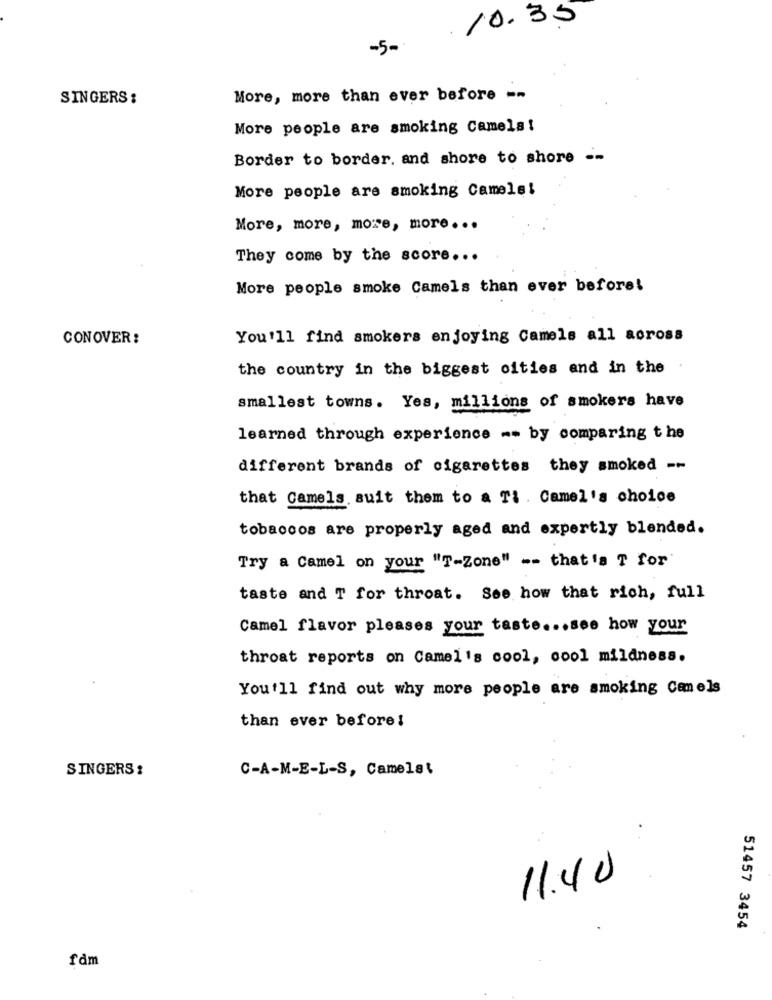
10.35
-5-
SINGERS :
More, more than ever before --
More people are smoking Camels !
Border to border. and shore to shore --
More people are smoking Camels!
More, more, more, more ...
They come by the score ...
More people smoke Camels than ever before!
CONOVER:
You'll find smokers enjoying Camels all aoross
the country in the biggest cities and in the
smallest towns. Yes, millions of smokers have
learned through experience -- by comparing t he
different brands of cigarettes they smoked --
that Camels suit them to a Ti . Camel's choice
tobaccos are properly aged and expertly blended.
Try a Camel on your "T-Zone" -- that's T for'
taste and T for throat. See how that rich, full
Camel flavor pleases your taste ... see how your
throat reports on Camel's cool, cool mildness.
You'll find out why more people are smoking Comels
than ever before!
SINGERS:
C-A-M-E-L-S, Camels\
11.40
51457 3454
fdm